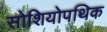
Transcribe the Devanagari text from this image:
सोशियोपथिक